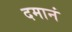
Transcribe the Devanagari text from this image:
दमानं